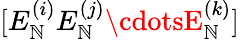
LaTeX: [E_{\mathbb{N}}^{(i)}E_{\mathbb{N}}^{(j)}\cdotsE_{\mathbb{N}}^{(k)}]